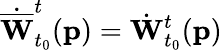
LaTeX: \dot{\overline{{\mathbf{W}}}}_{t_{0}}^{t}(\mathbf{p})=\dot{\mathbf{W}}_{t_{0}}^{t}(\mathbf{p})